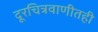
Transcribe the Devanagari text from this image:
दूरचित्रवाणीतही